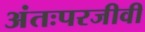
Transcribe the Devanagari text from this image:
अंतःपरजीवी